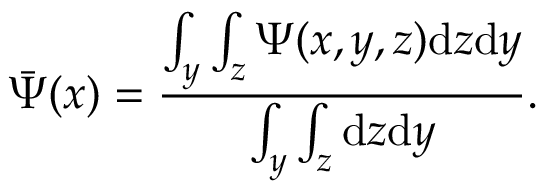
\bar { \Psi } ( x ) = \frac { \int _ { y } \int _ { z } \Psi ( x , y , z ) \mathrm { d } z \mathrm { d } y } { \int _ { y } \int _ { z } \mathrm { d } z \mathrm { d } y } .